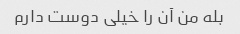
بله من آن را خیلی دوست دارم